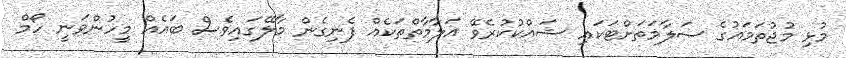
މުޅި މުޖުތަމައުގެ ސަލާމަތަށްޓަކައި ޝައްކުކުރެވޭ އަލާމާތްތަކެއް ފެނިގެން މާލޭގައިވެސް ބައެއް މީހުންވަނީ ހޯމް